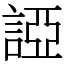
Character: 䛩